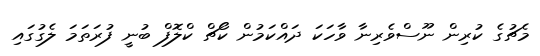
މެޗުގެ ކުރިން ނޫސްވެރިނާ ވާހަކަ ދައްކަމުން ކޯޗް ކްލޮފް ބުނީ ފުރަތަމަ ލެގުގައި